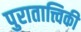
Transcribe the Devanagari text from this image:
पुरातात्त्विकी